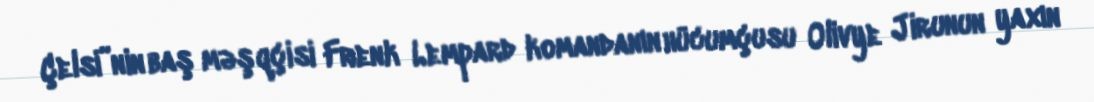
Çelsi”nin baş məşqçisi Frenk Lempard komandanın hücumçusu Olivye Jirunun yaxın